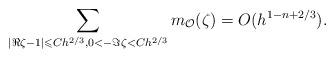
LaTeX: \begin{align*}\sum_{|\Re\zeta-1|\leqslant Ch^{2/3},0<-\Im\zeta<Ch^{2/3}}m_\mathcal{O}(\zeta)=O(h^{1-n+2/3}).\end{align*}